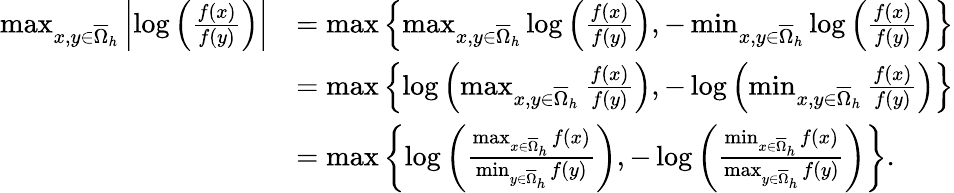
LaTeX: \begin{array}{rl}{\operatorname*{max}_{x,y\in\overline{{\Omega}}_{h}}\left\lvert\log\left(\frac{f(x)}{f(y)}\right)\right\rvert}&{=\operatorname*{max}\left\{ \operatorname*{max}_{x,y\in\overline{{\Omega}}_{h}}\log\left(\frac{f(x)}{f(y)}\right),-\operatorname*{min}_{x,y\in\overline{{\Omega}}_{h}}\log\left(\frac{f(x)}{f(y)}\right)\right\} }\\ &{=\operatorname*{max}\left\{ \log\left(\operatorname*{max}_{x,y\in\overline{{\Omega}}_{h}}\frac{f(x)}{f(y)}\right),-\log\left(\operatorname*{min}_{x,y\in\overline{{\Omega}}_{h}}\frac{f(x)}{f(y)}\right)\right\} }\\ &{=\operatorname*{max}\left\{ \log\left(\frac{\operatorname*{max}_{x\in\overline{{\Omega}}_{h}}f(x)}{\operatorname*{min}_{y\in\overline{{\Omega}}_{h}}f(y)}\right),-\log\left(\frac{\operatorname*{min}_{x\in\overline{{\Omega}}_{h}}f(x)}{\operatorname*{max}_{y\in\overline{{\Omega}}_{h}}f(y)}\right)\right\} .}\end{array}